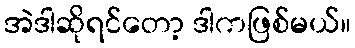
အဲဒါဆိုရင်တော့ ဒါကဖြစ်မယ်။